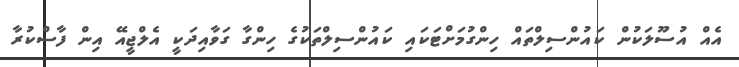
އެއް އުސޫލަކުން ކައުންސިލްތައް ހިންގުމަށްޓަކައި ކައުންސިލްތަކުގެ ހިންގާ ގަވާއިދަކީ އެލްޖީއޭ އިން ފާސްކުރާ